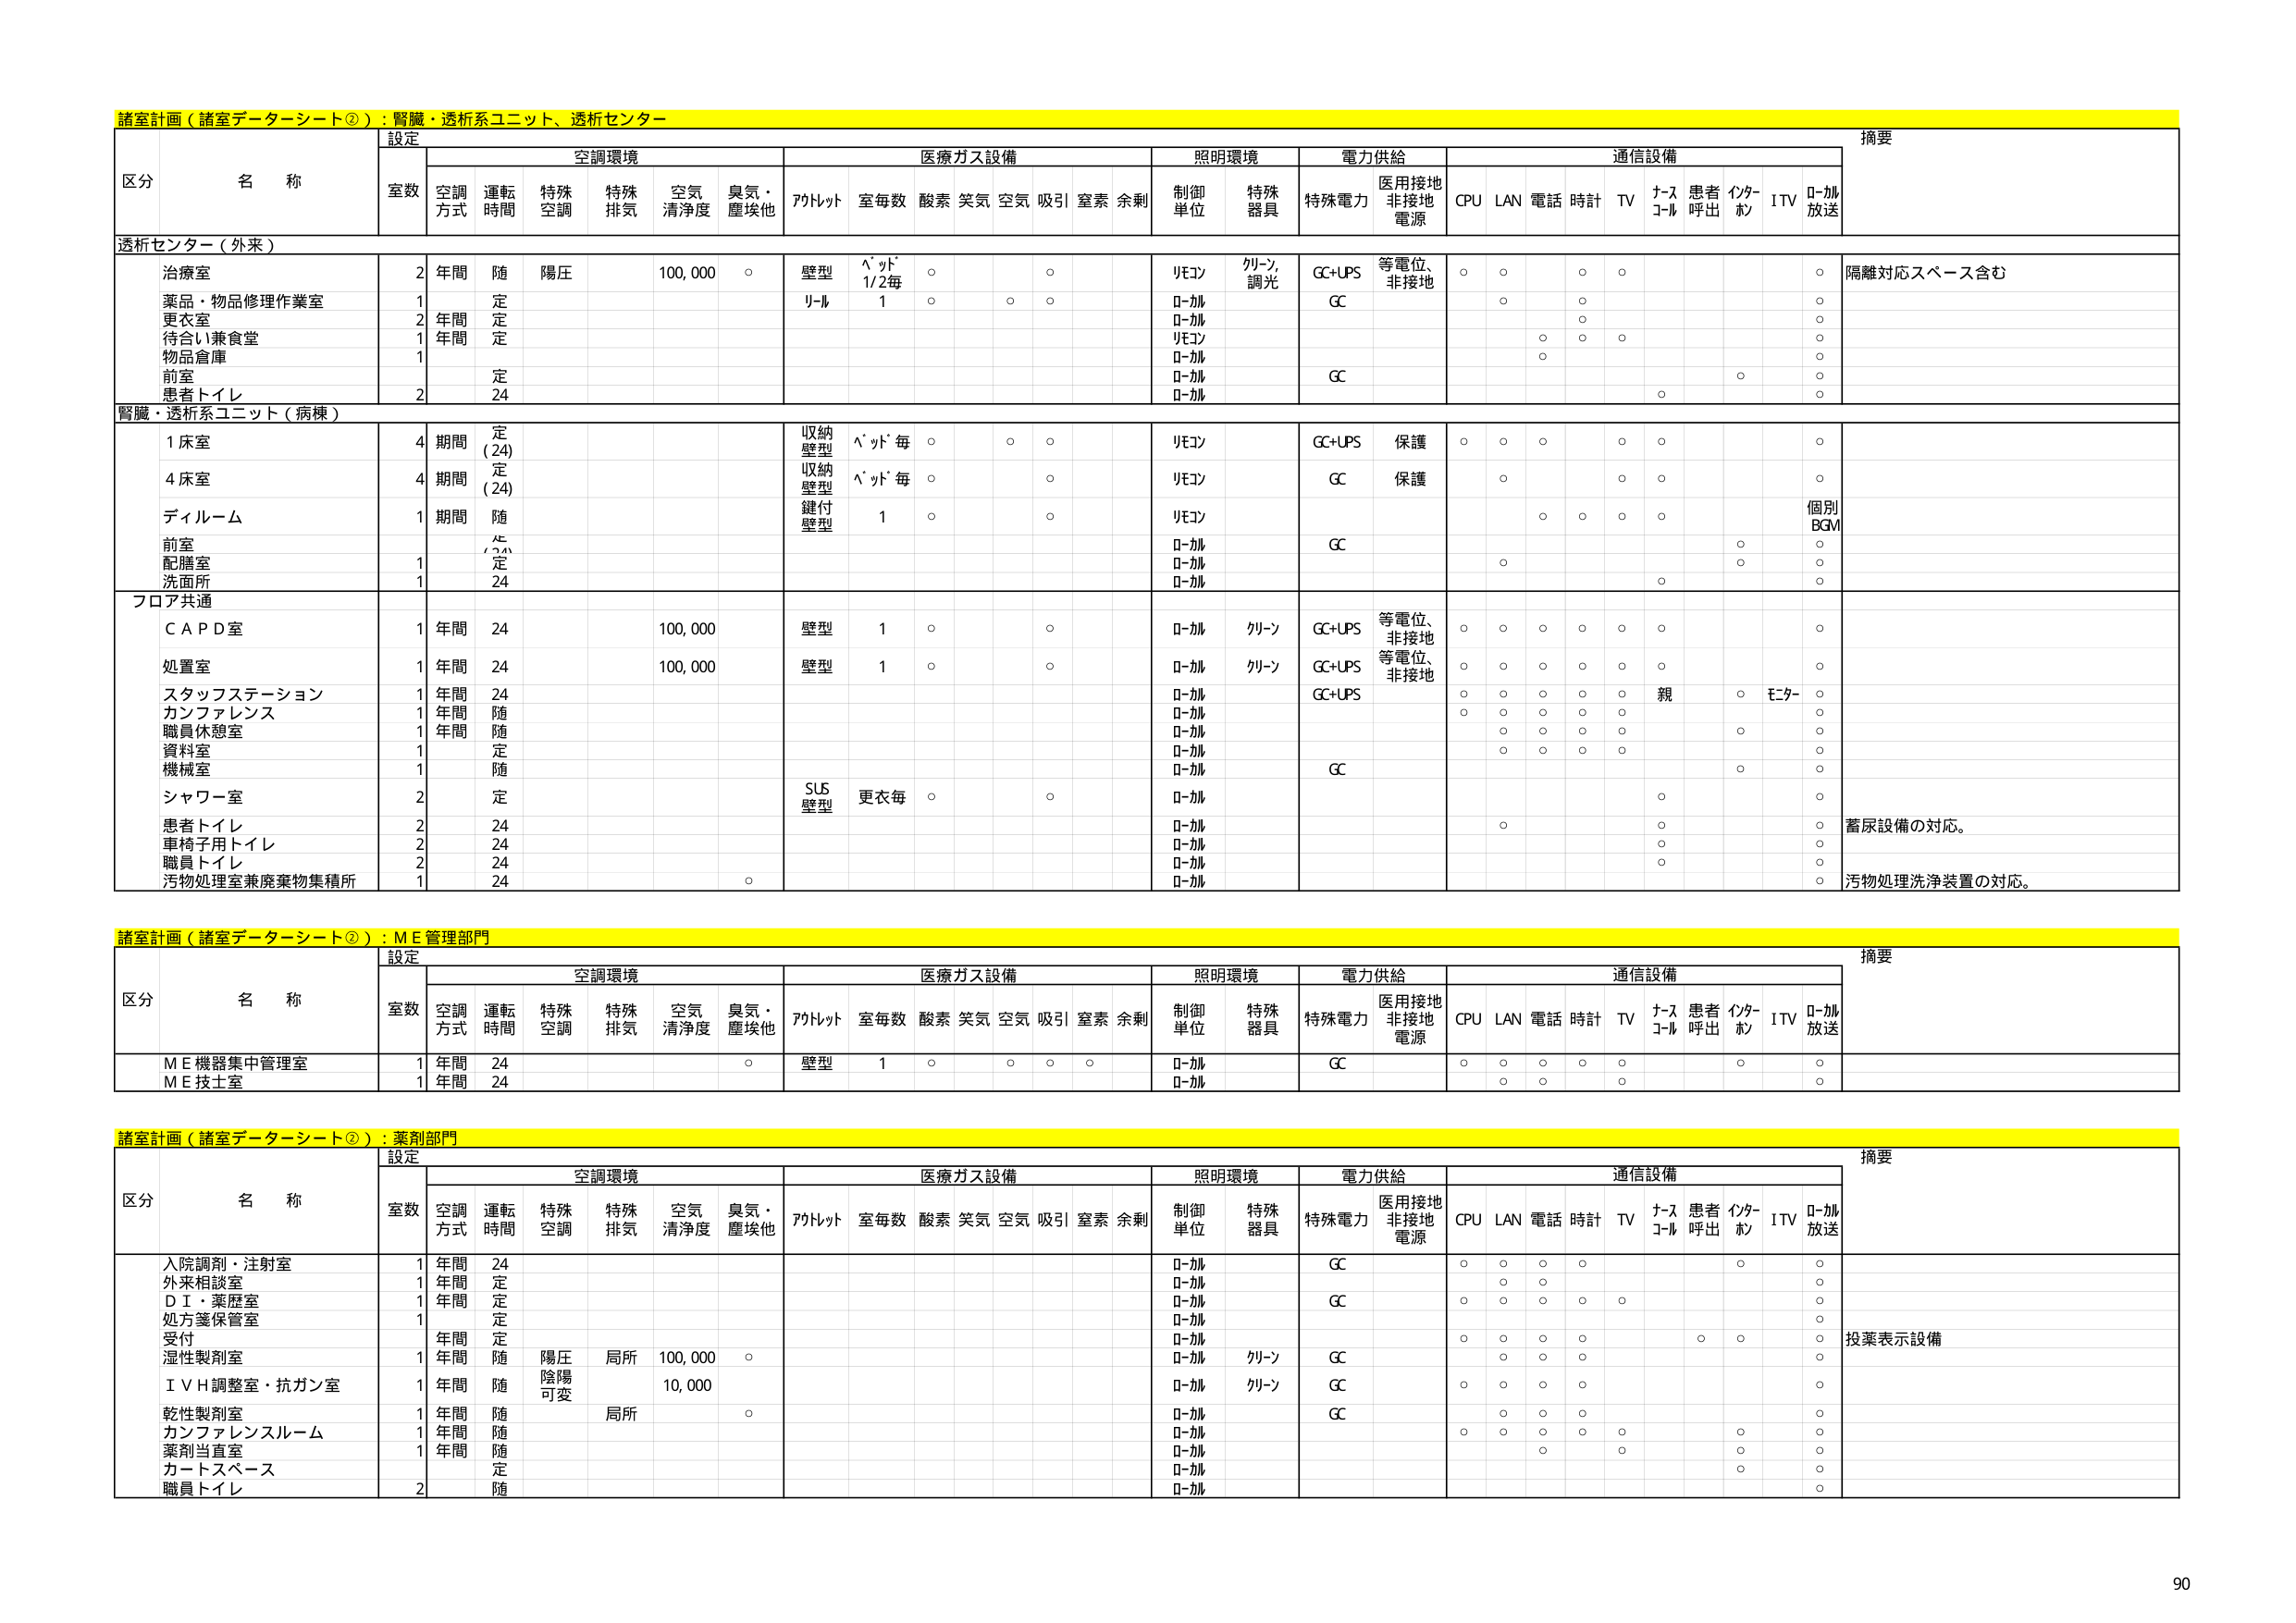
諸室計画（諸室データシート②）：腎臓・透析系ユニット、透析センター

設定
空調環境
医療ガス設備
照明環境
電力供給
通信設備
摘要

区分 名称
室数 空調方式 運転時間 特殊空調 特殊排気 空気清浄度 臭気・塵埃他 アルトット 室毎数 酸素 笑気 空気 吸引 窒素 余剰 制御単位 特殊器具 特殊電力 医用接地非接地電源 CPU LAN 電話 時計 TV ナースコール 患者呼出 インターホン ITV ローカル放送

透析センター（外来）
治療室 2 年間 随 隅圧 100,000 ○ 壁型 ヘッド 1/2毎 ○ ○ リモコン クリーン、調光 GC+UPS 等電位、非接地 ○ ○ ○ ○ ○ 隔離対応スペース含む
薬品・物品修理作業室 1 定 リール 1 ○ ○ ○ ローカル GC ○ ○
更衣室 2 年間 定 ローカル ○
待合い兼食堂 1 年間 定 リモコン ○ ○ ○ ○
物品倉庫 1 ローカル ○
前室 定 ローカル GC ○
患者トイレ 2 24 ローカル ○ ○

腎臓・透析系ユニット（病棟）
1床室 4 期間 定(24) 収納壁型 ヘッド毎 ○ ○ ○ リモコン GC+UPS 保護 ○ ○ ○ ○ ○ ○
4床室 4 期間 定(24) 収納壁型 ヘッド毎 ○ ○ リモコン GC 保護 ○ ○ ○
ディルーム 1 期間 随 鍵付壁型 1 ○ ○ リモコン ○ ○ ○ ○ 個別BGM
前室 1 定 ローカル GC ○ ○
配膳室 1 24 ローカル ○ ○
洗面所 1 24 ローカル ○

フロア共通
ＣＡＰＤ室 1 年間 24 100,000 壁型 1 ○ ○ ローカル クリーン GC+UPS 等電位、非接地 ○ ○ ○ ○ ○ ○ ○
処置室 1 年間 24 100,000 壁型 1 ○ ○ ローカル クリーン GC+UPS 等電位、非接地 ○ ○ ○ ○ ○ ○ ○
スタッフステーション 1 年間 24 ローカル GC+UPS ○ ○ ○ ○ ○ 親 ○ モニター ○
カンファレンス 1 年間 随 ローカル ○ ○ ○ ○ ○
職員休憩室 1 年間 随 ローカル ○ ○ ○ ○ ○
資料室 1 定 ローカル ○ ○ ○ ○
機械室 1 随 ローカル GC ○
シャワー室 2 定 SUS壁型 更衣毎 ○ ○ ローカル ○
患者トイレ 2 24 ローカル ○ ○ 蓄尿設備の対応。
車椅子用トイレ 2 24 ローカル ○ ○
職員トイレ 2 24 ローカル ○ ○
汚物処理室兼廃棄物集積所 1 24 ○ ローカル ○ 汚物処理洗浄装置の対応。

諸室計画（諸室データシート②）：ＭＥ管理部門

設定
空調環境
医療ガス設備
照明環境
電力供給
通信設備
摘要

区分 名称
室数 空調方式 運転時間 特殊空調 特殊排気 空気清浄度 臭気・塵埃他 アルトット 室毎数 酸素 笑気 空気 吸引 窒素 余剰 制御単位 特殊器具 特殊電力 医用接地非接地電源 CPU LAN 電話 時計 TV ナースコール 患者呼出 インターホン ITV ローカル放送

ＭＥ機器集中管理室 1 年間 24 ○ 壁型 1 ○ ○ ○ ○ ローカル GC ○ ○ ○ ○ ○ ○
ＭＥ技士室 1 年間 24 ローカル ○ ○ ○

諸室計画（諸室データシート②）：薬剤部門

設定
空調環境
医療ガス設備
照明環境
電力供給
通信設備
摘要

区分 名称
室数 空調方式 運転時間 特殊空調 特殊排気 空気清浄度 臭気・塵埃他 アルトット 室毎数 酸素 笑気 空気 吸引 窒素 余剰 制御単位 特殊器具 特殊電力 医用接地非接地電源 CPU LAN 電話 時計 TV ナースコール 患者呼出 インターホン ITV ローカル放送

入院調剤・注射室 1 年間 24 ローカル GC ○ ○ ○ ○ ○
外来相談室 1 年間 定 ローカル ○ ○
ＤＩ・薬歴室 1 年間 定 ローカル GC ○ ○ ○ ○ ○
処方箋保管室 1 定 ローカル ○
受付 年間 定 ローカル ○ ○ ○ ○ ○ 投薬表示設備
湿性製剤室 1 年間 随 陽圧 局所 100,000 ○ ローカル クリーン GC ○ ○ ○ ○ ○
ＩＶＨ調整室・抗ガン室 1 年間 随 陰陽可変 10,000 ローカル クリーン GC ○ ○ ○ ○ ○
乾性製剤室 1 年間 随 局所 ○ ローカル GC ○ ○ ○ ○ ○
カンファレンスルーム 1 年間 随 ローカル ○ ○ ○
薬剤当直室 1 年間 随 ローカル ○ ○
カートスペース 定 ローカル ○
職員トイレ 2 随 ローカル ○

90